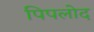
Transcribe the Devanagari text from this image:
पिपलोद